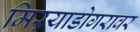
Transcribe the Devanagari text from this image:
मिऱयाडोगरावर